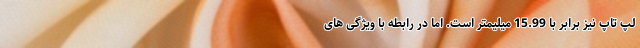
لپ تاپ نیز برابر با 15.99 میلیمتر است. اما در رابطه با ویژگی های